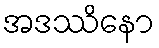
အဒဿိနော